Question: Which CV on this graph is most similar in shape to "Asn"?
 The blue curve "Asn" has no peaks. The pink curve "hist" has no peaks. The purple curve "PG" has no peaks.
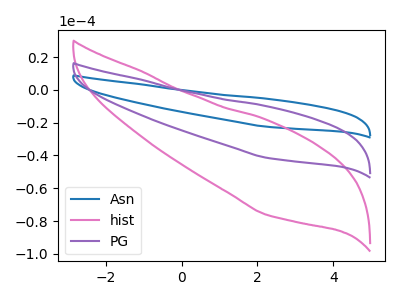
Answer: <think>Neither "Asn" or "hist" have any peaks. Neither "Asn" or "PG" have any peaks. Neither "hist" or "PG" have any peaks.
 </think>
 <answer>"Asn" and "PG" have a similar shape to "hist".</answer>
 <eval>"Asn" "PG"</eval>